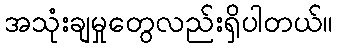
အသုံးချမှုတွေလည်းရှိပါတယ်။